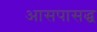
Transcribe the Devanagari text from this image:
आसपासद्ध